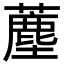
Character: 薼